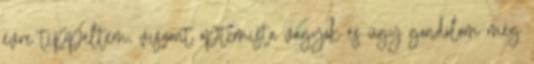
évre tippeltem, viszont optimista vagyok és úgy gondolom még